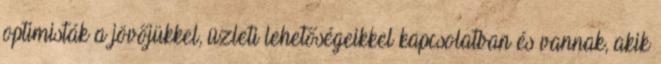
optimisták a jövőjükkel, üzleti lehetőségeikkel kapcsolatban és vannak, akik